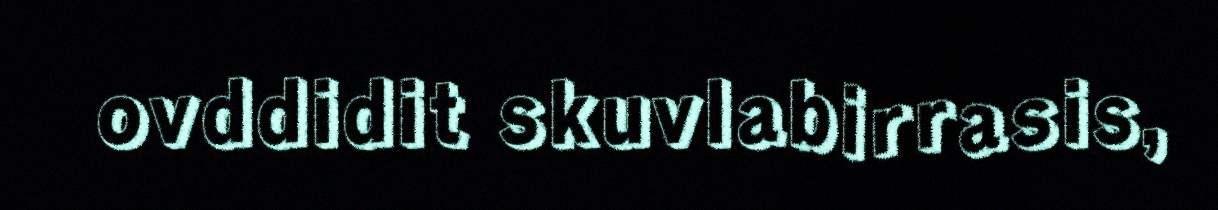
ovddidit skuvlabirrasis,